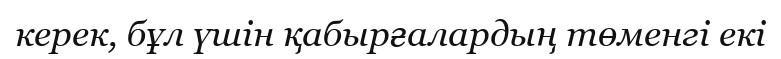
керек, бұл үшін қабырғалардың төменгі екі